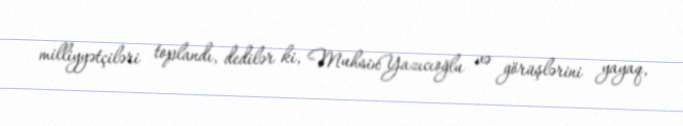
milliyyətçiləri toplandı, dedilər ki, MuhsinYazıcıoğlu və görüşlərini yayaq,